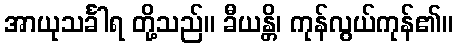
အာယုသင်္ခါရ တို့သည်။ ခီယန္တိ၊ ကုန်လွယ်ကုန်၏။